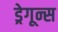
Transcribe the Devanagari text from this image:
ड्रेगून्स